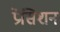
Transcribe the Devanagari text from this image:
प्रेसिशन